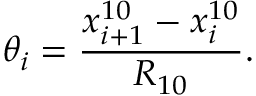
\theta _ { i } = \frac { x _ { i + 1 } ^ { 1 0 } - x _ { i } ^ { 1 0 } } { R _ { 1 0 } } .